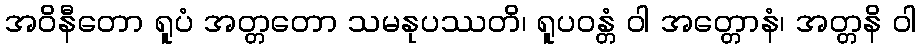
အဝိနီတော ရူပံ အတ္တတော သမနုပဿတိ၊ ရူပဝန္တံ ဝါ အတ္တောနံ၊ အတ္တနိ ဝါ